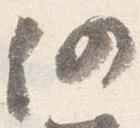
仍